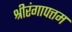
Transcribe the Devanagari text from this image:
श्रीरंगापत्तम